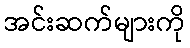
အင်းဆက်များကို